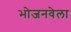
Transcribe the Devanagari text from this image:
भोजनवेला